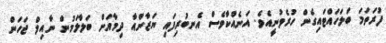
ފުރަތަމަ ބަލަހައްޓައިގެން ހުރެވުނީއެވެ. އަނެއްކާވެސް އެނބުރިފައި ޔަޒާންއާ ދިމާއަށް ބަލާލަމުން ނާއިލް ޖަހަން